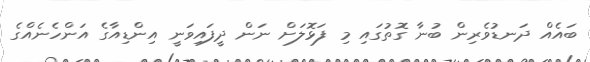
ބައެއް ދަނޑުވެރިން ބުނާ ގޮތުގައި މި ފަޅޮލަށް ނަން ދީފައިވަނީ އިންޑިއާގެ އަންހެނެއްގެ